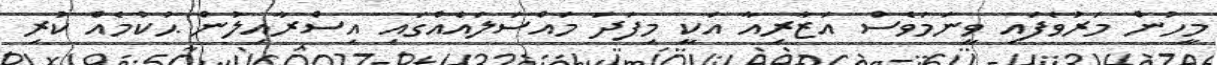
މީހުން މަރުވެފައި ވީނަމަވެސް އަޒާރިއާ އަކީ މިފަދަ މައްސަލައެއްގައި އިސްރާއިލުން ޙުކުމެއް ކުރި